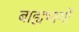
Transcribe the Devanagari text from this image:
बाह्यभागों